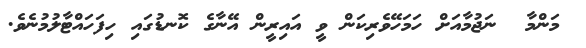
މަންމާ  ނަޖުމާއަށް ހަމަހޭވެރިކަން ވީ އައިރީން އޭނާގެ ކޮނޑުގައި ހިފަހައްޓާލުމުނެވެ.